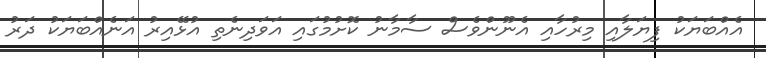
އެއްބަޔަކު ފިޔަލާއި މިރުހާއި އެނޫންވެސް ސާމާނު ކޮށުމުގައި އަވަދިނެތި އުޅޭއިރު އަނެއްބަޔަކު ދަރު